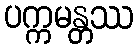
ပက္ကမန္တဿ